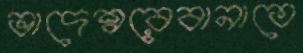
ভাদেশ্বরেবানাতে